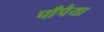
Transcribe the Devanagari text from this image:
पाँपैया